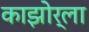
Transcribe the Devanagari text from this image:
काझोर्ला